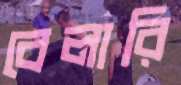
বেলারি